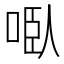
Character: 𭈌